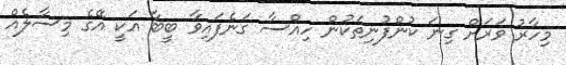
މިހާރު ވަރަށް ގިނަ ކުންފުނިތަކުން ހިއްސާ ގަނެފައިވާ ބީބާ އަކީ އޭގެ މިސާލެއް